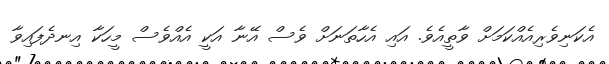
އެކަނިވެރިއެއްކަމަށް ވާތީއެވެ. އައި އެހާތަނަށް ވެސް އޭނާ އަކީ އެއްވެސް މީހަކާ އިނދެފައިވާ